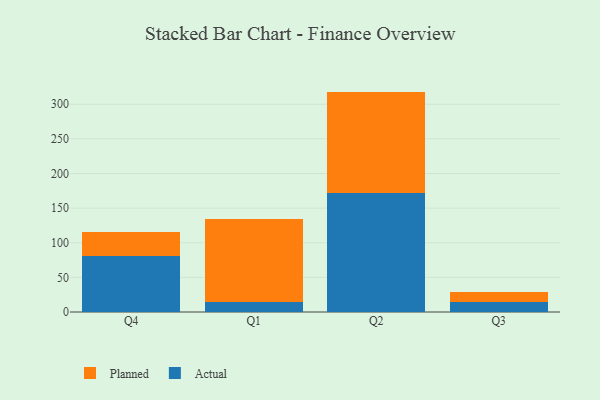
{"axis": {"x": "Quarter", "y": "Revenue (USD Million)"}, "legend": ["Actual", "Planned"], "data": [{"x": "Q4", "y": 80.4, "type": "Actual"}, {"x": "Q4", "y": 34.5, "type": "Planned"}, {"x": "Q1", "y": 14.0, "type": "Actual"}, {"x": "Q1", "y": 120.0, "type": "Planned"}, {"x": "Q2", "y": 171.2, "type": "Actual"}, {"x": "Q2", "y": 147.0, "type": "Planned"}, {"x": "Q3", "y": 14.9, "type": "Actual"}, {"x": "Q3", "y": 13.9, "type": "Planned"}]}